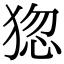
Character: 㺀